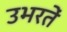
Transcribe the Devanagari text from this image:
उभरतें